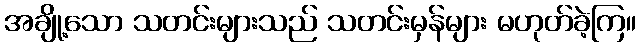
အချို့သော သတင်းများသည် သတင်းမှန်များ မဟုတ်ခဲ့ကြ။